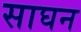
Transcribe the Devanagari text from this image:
साघन